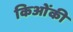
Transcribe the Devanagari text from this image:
किओंकी